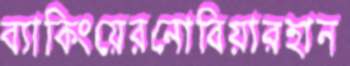
ব্যাকিংয়েরনোবিয়ারহান